Insane asylums in Bengal annual reports 1876-1887 - 1876-1887
Year: 1876
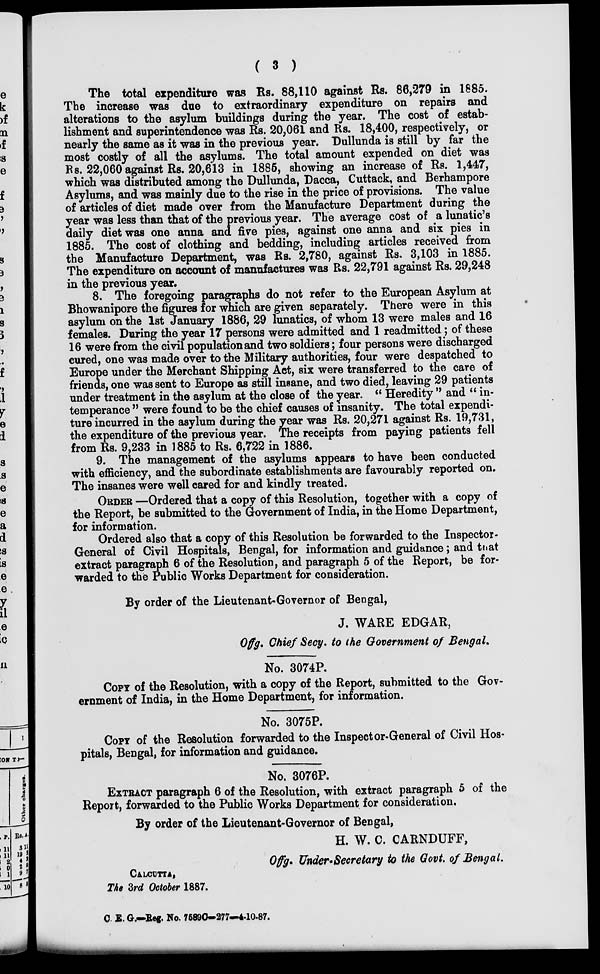
( 3 )
The total expenditure was Rs. 88,110 against Rs. 86,279 in 1885.
The increase was due to extraordinary expenditure on repairs and
alterations to the asylum buildings during the year. The cost of estab-
lishment and superintendence was Rs. 20,061 and Rs. 18,400, respectively, or
nearly the same as it was in the previous year. Dullunda is still by far the
most costly of all the asylums. The total amount expended on diet was
Rs. 22,060 against Rs. 20,613 in 1885, showing an increase of Rs. 1,447,
which was distributed among the Dullunda, Dacca, Cuttack, and Berhampore
Asylums, and was mainly due to the rise in the price of provisions. The value
of articles of diet made over from the Manufacture Department during the
year was less than that of the previous year. The average cost of a lunatic's
daily diet was one anna and five pies, against one anna and six pies in
1885. The cost of clothing and bedding, including articles received from
the Manufacture Department, was Rs. 2,780, against Rs. 3,103 in 1885.
The expenditure on account of manufactures was Rs. 22,791 against Rs. 29,248
in the previous year.
8. The foregoing paragraphs do not refer to the European Asylum at
Bhowanipore the figures for which are given separately. There were in this
asylum on the 1st January 1886, 29 lunatics, of whom 13 were males and 16
females. During the year 17 persons were admitted and 1 readmitted; of these
16 were from the civil population and two soldiers; four persons were discharged
cured, one was made over to the Military authorities, four were despatched to
Europe under the Merchant Shipping Act, six were transferred to the care of
friends, one was sent to Europe as still insane, and two died, leaving 29 patients
under treatment in the asylum at the close of the year. " Heredity " and " in-
temperance " were found to be the chief causes of insanity. The total expendi-
ture incurred in the asylum during the year was Rs. 20,271 against Rs. 19,731,
the expenditure of the previous year. The receipts from paying patients fell
from Rs. 9,233 in 1885 to Rs. 6,722 in 1886.
9. The management of the asylums appears to have been conducted
with efficiency, and the subordinate establishments are favourably reported on.
The insanes were well cared for and kindly treated.
ORDER —Ordered that a copy of this Resolution, together with a copy of
the Report, be submitted to the Government of India, in the Home Department,
for information.
Ordered also that a copy of this Resolution be forwarded to the Inspector -
General of Civil Hospitals, Bengal, for information and guidance; and that
extract paragraph 6 of the Resolution, and paragraph 5 of the Report, be for-
warded to the Public Works Department for consideration.
By order of the Lieutenant-Governor of Bengal,
J. WARE EDGAR,
Offg. Chief Secy. to the Government of Bengal.
No. 3074P.
COPY of the Resolution, with a copy of the Report, submitted to the Gov-
ernment of India, in the Home Department, for information.
No. 3075P.
COPY of the Resolution forwarded to the Inspector-General of Civil Hos-
pitals, Bengal, for information and guidance.
No. 3076P.
EXTRACT paragraph 6 of the Resolution, with extract paragraph 5 of the
Report, forwarded to the Public Works Department for consideration.
By order of the Lieutenant-Governor of Bengal,
H. W. C. CARNDUFF,
Offg. Under-Secretary to the Govt. of Bengal.
CALCUTTA,
The 3rd October 1887.
C. E. G.—Reg. No. 7589C—277—4-10-87.